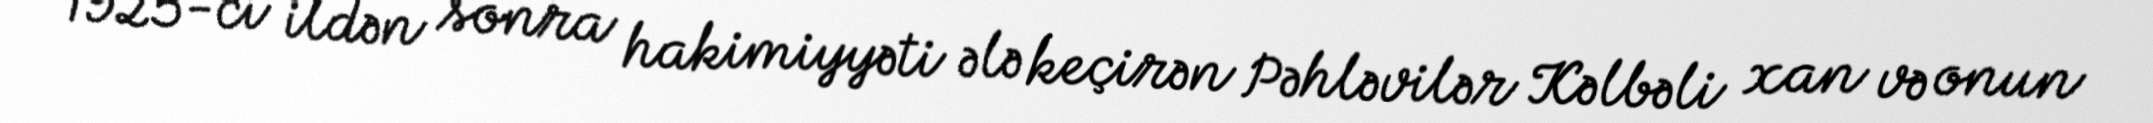
1925-ci ildən sonra hakimiyyəti ələ keçirən Pəhləvilər Kəlbəli xan və onun